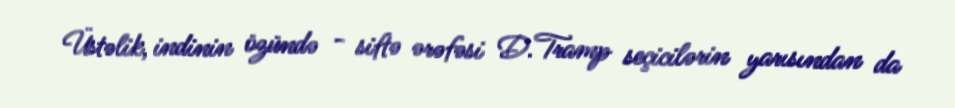
Üstəlik, indinin özündə - siftə ərəfəsi D.Tramp seçicilərin yarısından da